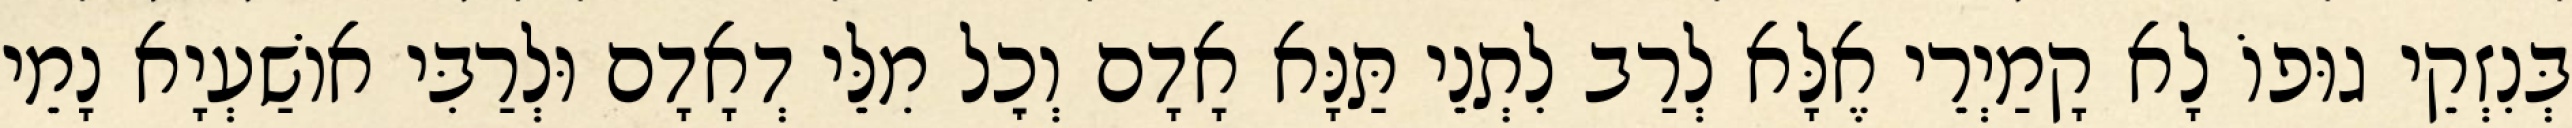
בְּנִזְקֵי גוּפוֹ לָא קָמַיְרֵי אֶלָּא לְרַב לִתְנֵי תַּנָּא אָדָם וְכׇל מִלֵּי דְאָדָם וּלְרַבִּי אוֹשַׁעְיָא נָמֵי